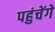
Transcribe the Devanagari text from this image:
पहुंचेंगे